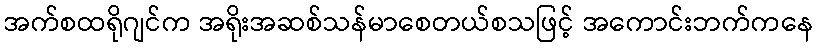
အက်စထရိုဂျင်က အရိုးအဆစ်သန်မာစေတယ်စသဖြင့် အကောင်းဘက်ကနေ